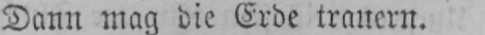
Dann mag die Erde trauern.